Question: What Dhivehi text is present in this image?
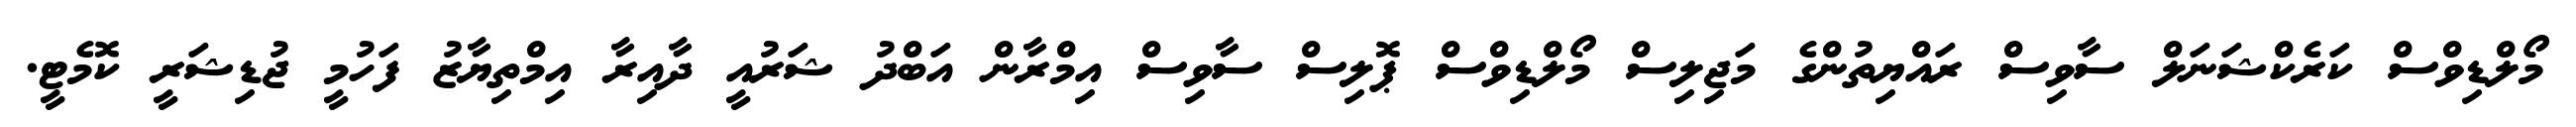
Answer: މޯލްޑިވްސް ކަރެކްޝަނަލް ސާވިސް ރައްޔިތުންގެ މަޖިލިސް މޯލްޑިވްސް ޕޮލިސް ސާވިސް އިމްރާން އަބްދު ޝަރުއީ ދާއިރާ އިމްތިޔާޒު ފަހުމީ ޖުޑިޝަރީ ކޮމެޓީ.